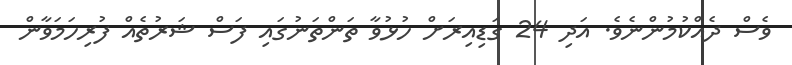
ވެސް ދެއްކުމުންނެވެ. އަދި 24 ގަޑިއިރަށް ހުޅުވާ ތަންތަނުގައި ފަސް ޝަރުތެއް ފުރިހަމަވާން